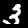
Digit: 3